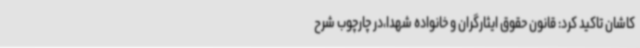
کاشان تاکید کرد: قانون حقوق ایثارگران و خانواده شهدا،در چارچوب شرح